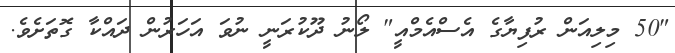
"50 މިލިއަން ރުފިޔާގެ އެސްއެމްއީ" ލޯނު ދޫކުރަނީ ނުވަ އަހަރުން ދައްކާ ގޮތަށެވެ.